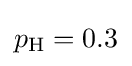
{\textstyle p_{\text{H}}=0.3}